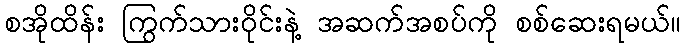
စအိုထိန်း ကြွက်သားဝိုင်းနဲ့ အဆက်အစပ်ကို စစ်ဆေးရမယ်။